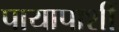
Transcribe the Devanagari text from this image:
पायापाशीं